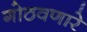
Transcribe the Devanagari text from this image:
गोठवणारे